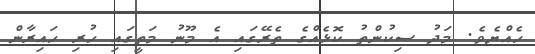
ހެއްޔެވެ. މަދު ސިކުންތު ކޮޅެއްގެ ތެރޭގައި އެ މޫނު މަތީގައި ހުރި ހައިރާން